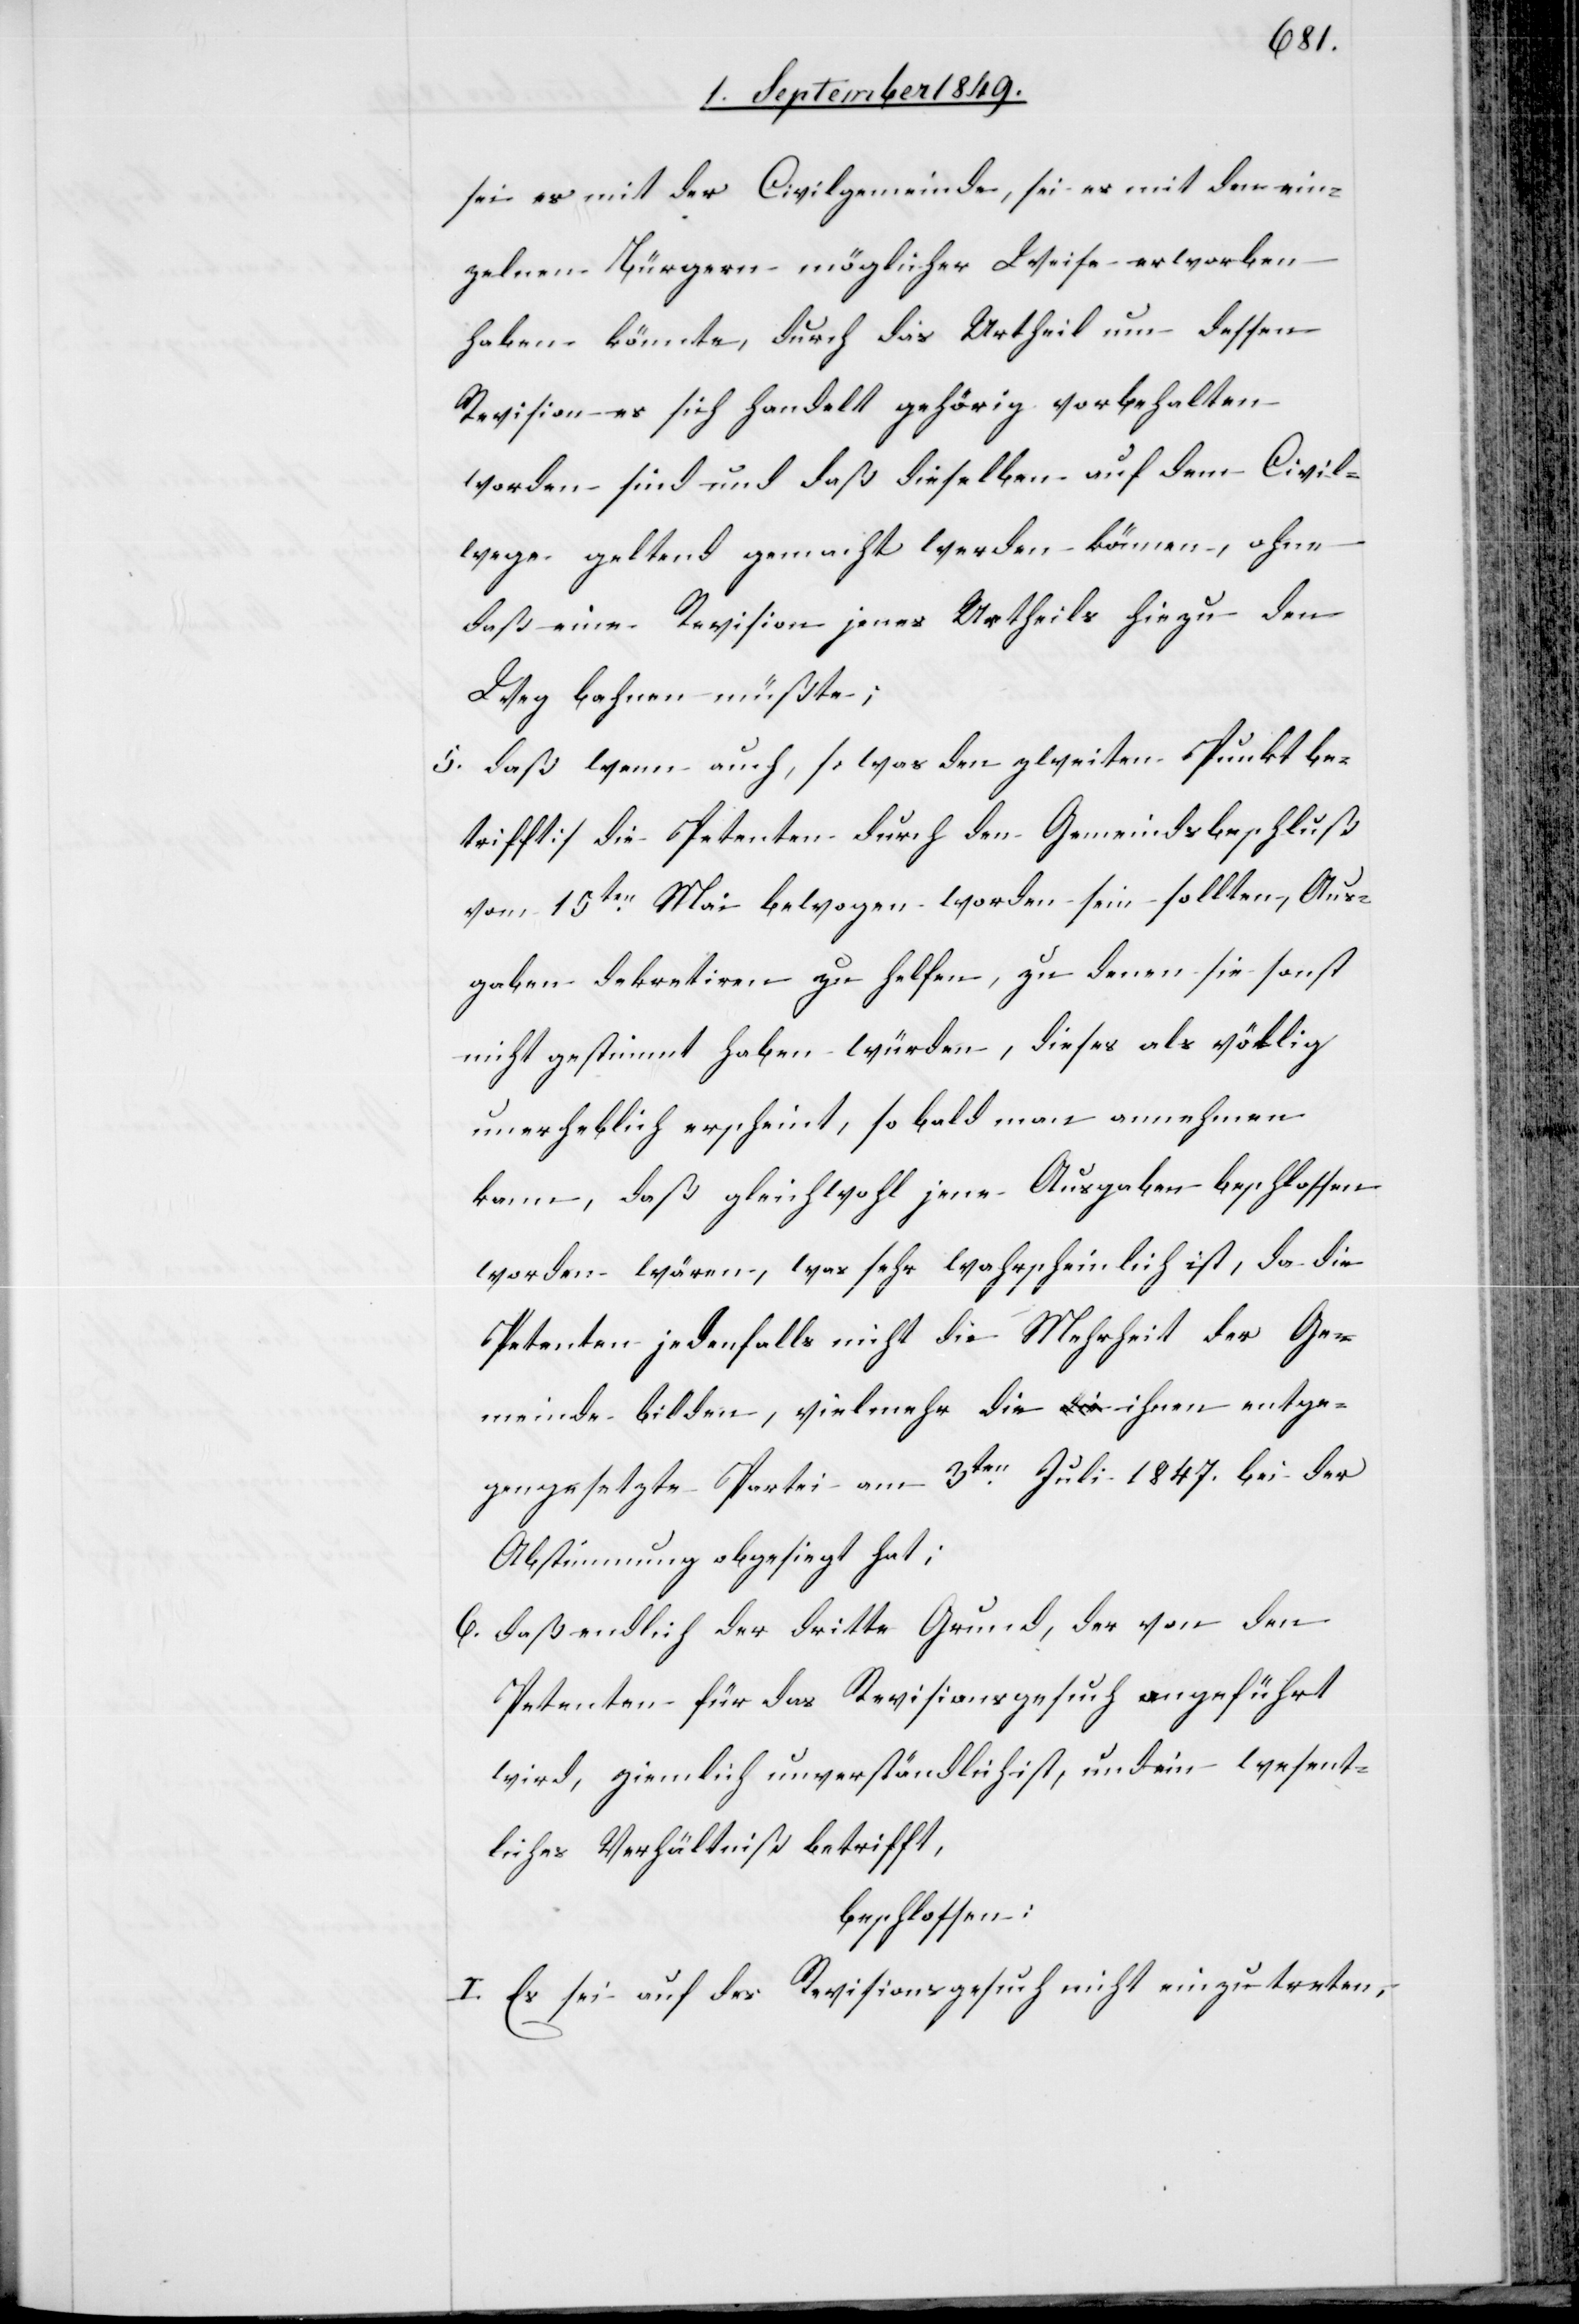
sei es mit der Civilgemeinde, sei es mit den ein¬
zelnen Bürgern möglicher Weise erworben
haben könnte, durch das Urtheil um dessen
Revision es sich handelt gehörig vorbehalten
worden sind und daß dieselben auf dem Civil¬
wege geltend gemacht werden können, ohne
daß eine Revision jenes Urtheils hiezu den
Weg bahnen müßte;
5. daß wenn auch, [was den zweiten Punkt be¬
trifft] die Petenten durch den Gemeindsbeschluß
vom 15ten Mai bewogen worden sein sollten, Aus¬
gaben dekretiren zu helfen, zu denen sie sonst
nicht gestimmt haben würden, dieses als völlig
unerheblich erscheint, so bald man annehmen
kann, daß gleichwohl jene Ausgaben beschlossen
worden wären, was sehr wahrscheinlich ist, da die
Petenten jedenfalls nicht die Mehrheit der Ge¬
meinde bilden, vielmehr die ihnen entge¬
gengesetzte Partei am 3ten Juli 1847. bei der
Abstimmung obgesiegt hat;
6. daß endlich der dritte Grund, der von den
Petenten für das Revisionsgesuch angeführt
wird, ziemlich unverständlich ist, und ein wesent¬
liches Verhältniß betrifft,
beschlossen:
I. Es sei auf das Revisionsgesuch nicht einzutreten.